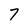
Character: 7